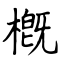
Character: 槪